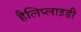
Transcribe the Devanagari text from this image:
हैलिप्लाइडी